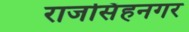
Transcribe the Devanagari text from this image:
राजसिंहनगर